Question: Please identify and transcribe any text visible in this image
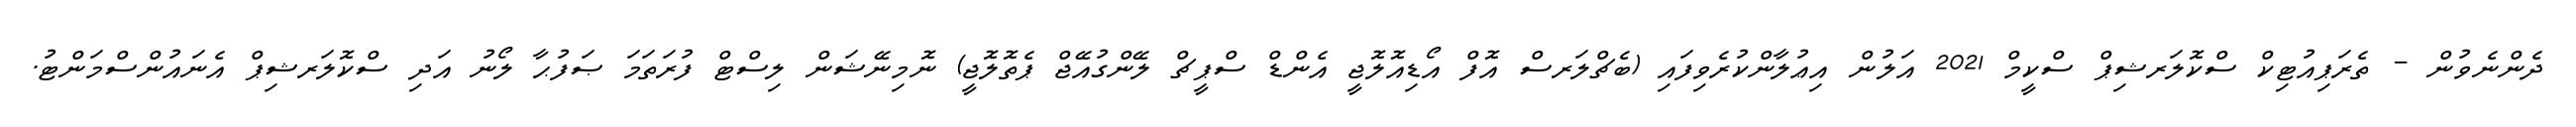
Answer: ދެންނެވުން - ތެރަޕިއުޓިކް ސްކޮލަރޝިޕް ސްކީމް 2021 އަލުން އިޢުލާންކުރެވިފައި (ބެޗްލަރސް އޮފް އޯޑިއޮލޮޖީ އެންޑް ސްޕީޗް ލޭންގުއޭޖް ޕެތޮލޮޖީ) ނޮމިނޭޝަން ލިސްޓް ފުރަތަމަ ޞަފުޙާ ލޯނު އަދި ސްކޮލަރޝިޕް އެނައުންސްމަންޓު.